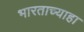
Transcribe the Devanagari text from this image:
भारताच्याहा